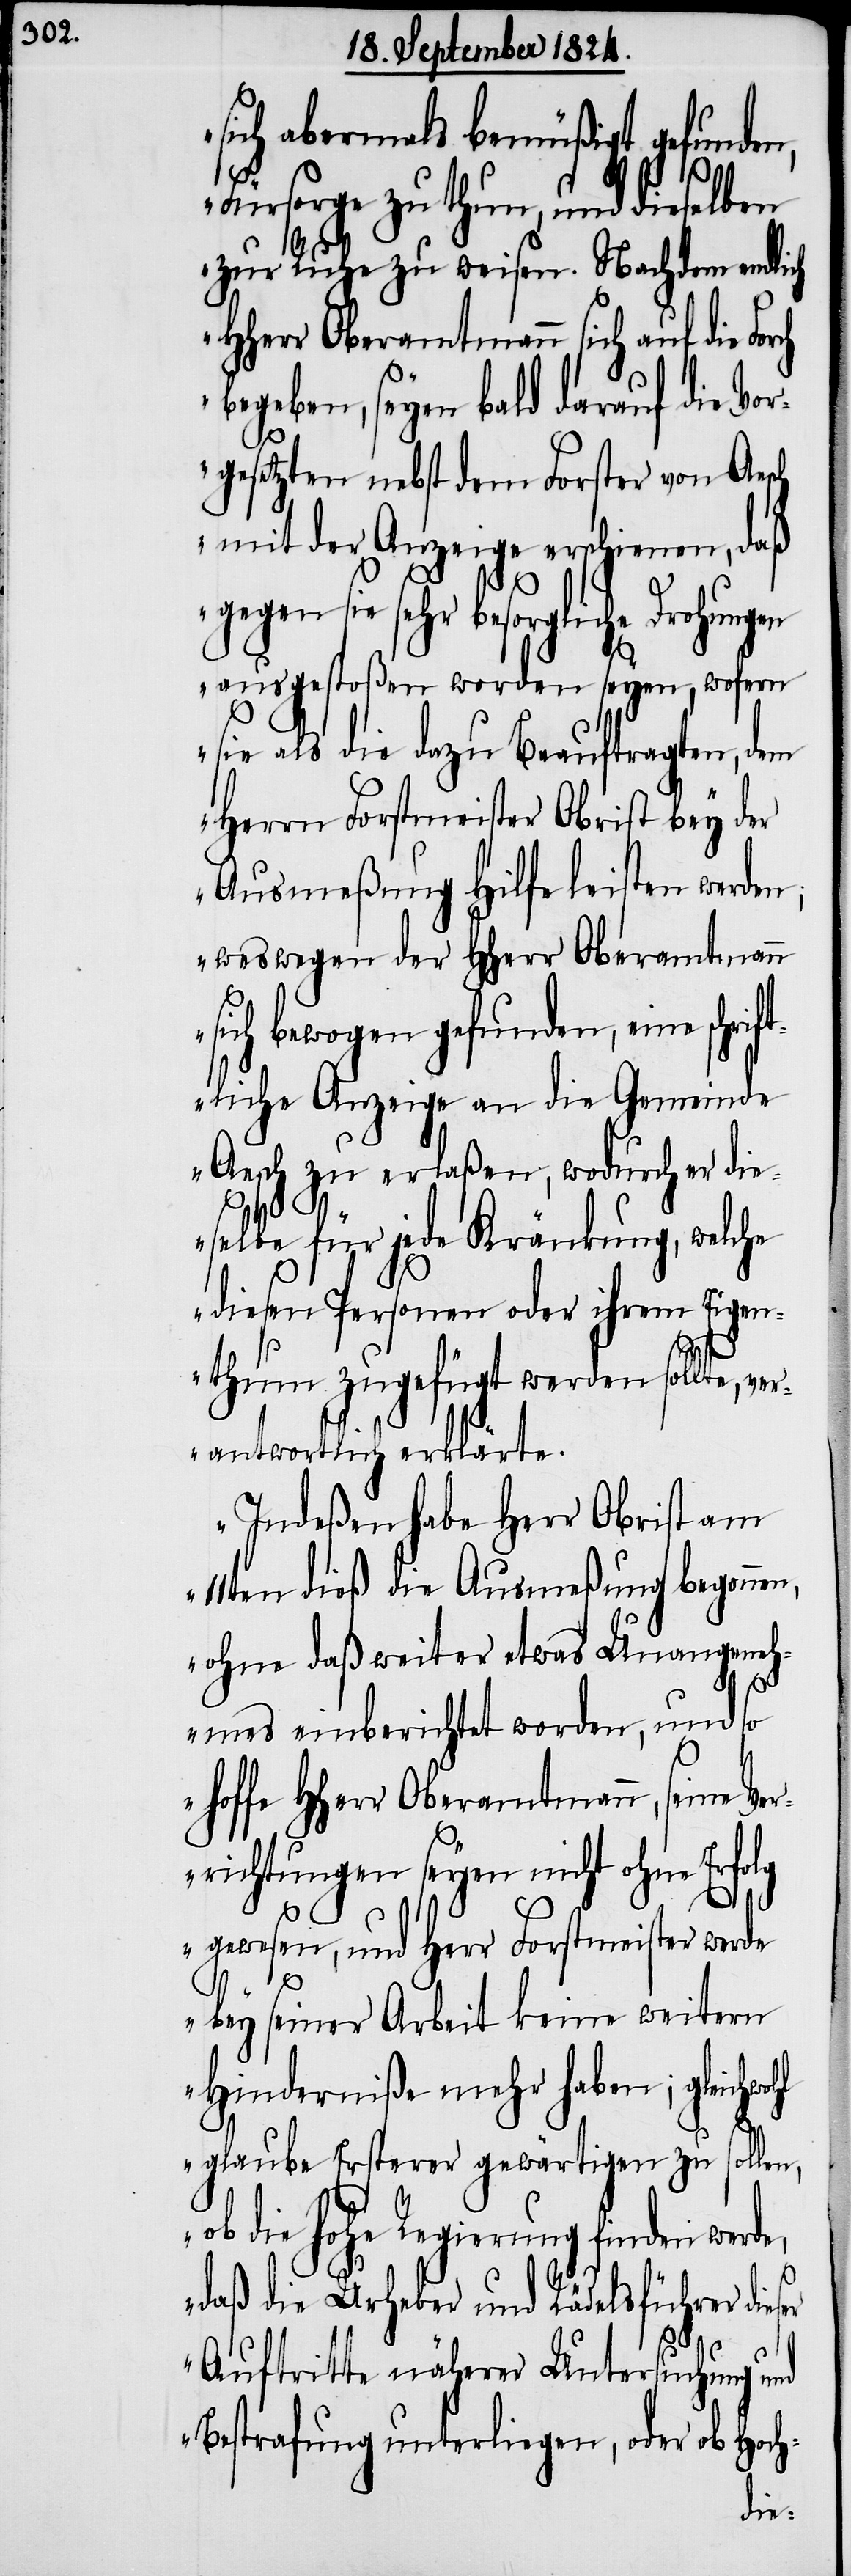
sich abermals bemüßigt gefunden,
Fürsorge zu thun, und dieselben
zur Ruhe zu weisen. Nachdem endlich
HHerr Oberamtmann sich auf die
begeben, seyen bald darauf die Vor¬
n,
gesetzten nebst dem Forster von Aesch
mit der Anzeige erschienen, daß
gegen sie sehr besorgliche Drohungen
ausgestoßen worden seyen, wofern
sie als die dazu Beauftragten, dem
Herrn Forstmeister Obrist bey der
Ausmeßung Hilfe leisten werden;
weswegen der HHerr Oberamtmann
sich bewogen gefunden, eine schrif¬
tliche Anzeige an die Gemeinde
Aesch zu erlaßen, wodu¬
selbe für jede Kränkung, welche
diesen Personen oder ihrem Eigen¬
thum zugefügt werden
Ver¬
antwortlich erklärte.
Indeßen habe Herr Obrist am
begonnen,
11ten dieß die Ausmeß¬
ohne daß weiter etwas Unangeneh¬
mes einberichtet worde¬
ffe HHerr Oberamtmann, seine
richtungen seyen nicht ohne
gewesen, und Herr Forstmeister werde
bey seiner Arbeit keine weitern
Hinderniße mehr haben; gleichwohl
glaube Ersterer gewärtigen zu sollen,
ob die hohe Regierung finden werde,
daß die Urheber und Rädelsführer dieser
so ho¬
Auftritte näherer Untersuchung und
Bestrafung unterliegen, oder ob Hoch-
die¬